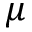
\mu